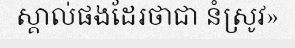
ស្គាល់ផងដែរថាជា នំស្រូវ»